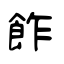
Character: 飵